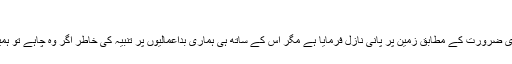
” (سورہ مومنون-18)
اللہ تعالیٰ نے گرچہ ہماری ضرورت کے مطابق زمین پر پانی نازل فرمایا ہے مگر اس کے ساتھ ہی ہماری بداعمالیوں پر تنبیہ کی خاطر اگر وہ چاہے تو ہمیں بوند بوند کو ترسا دے۔